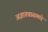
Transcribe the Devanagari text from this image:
अज्ञातवासामधे